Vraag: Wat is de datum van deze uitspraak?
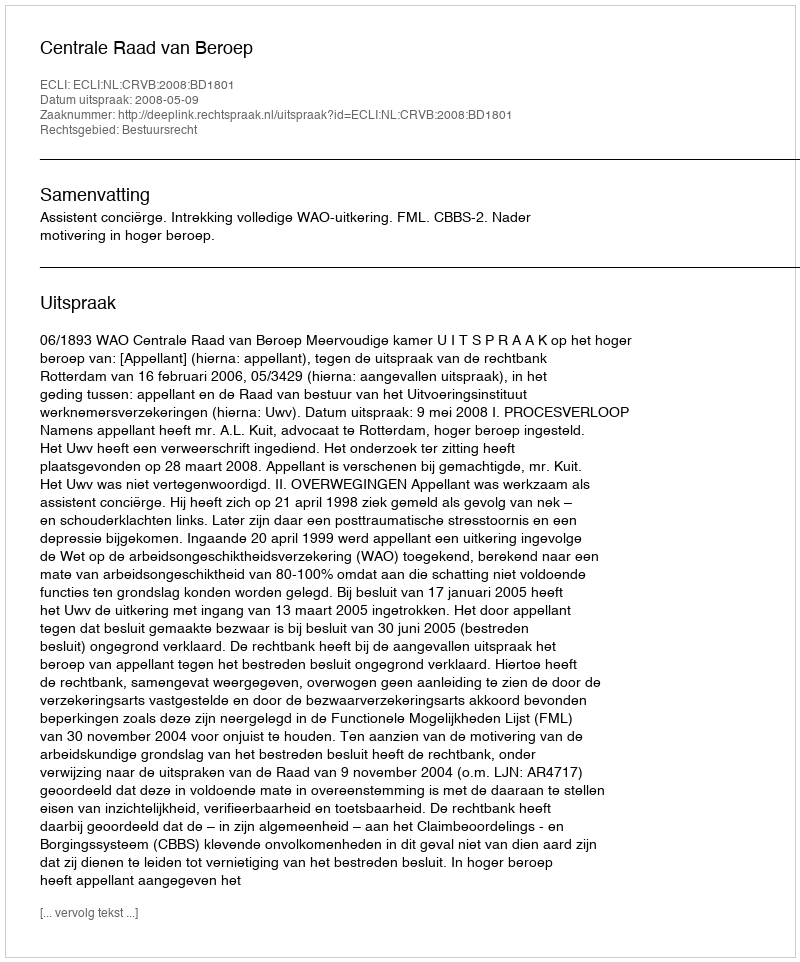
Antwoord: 2008-05-09